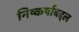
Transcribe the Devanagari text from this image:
निष्कर्षाबद्दल